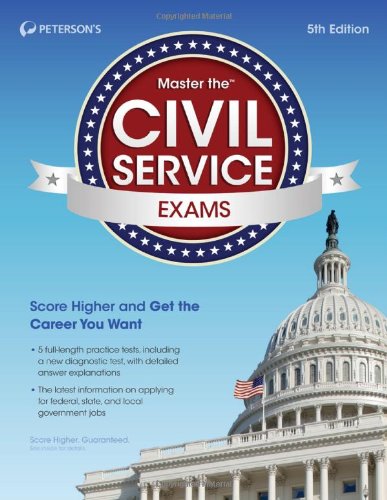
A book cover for Master the Civil Service Exams; Peterson's; Test Preparation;